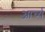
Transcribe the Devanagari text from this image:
आर्च्य